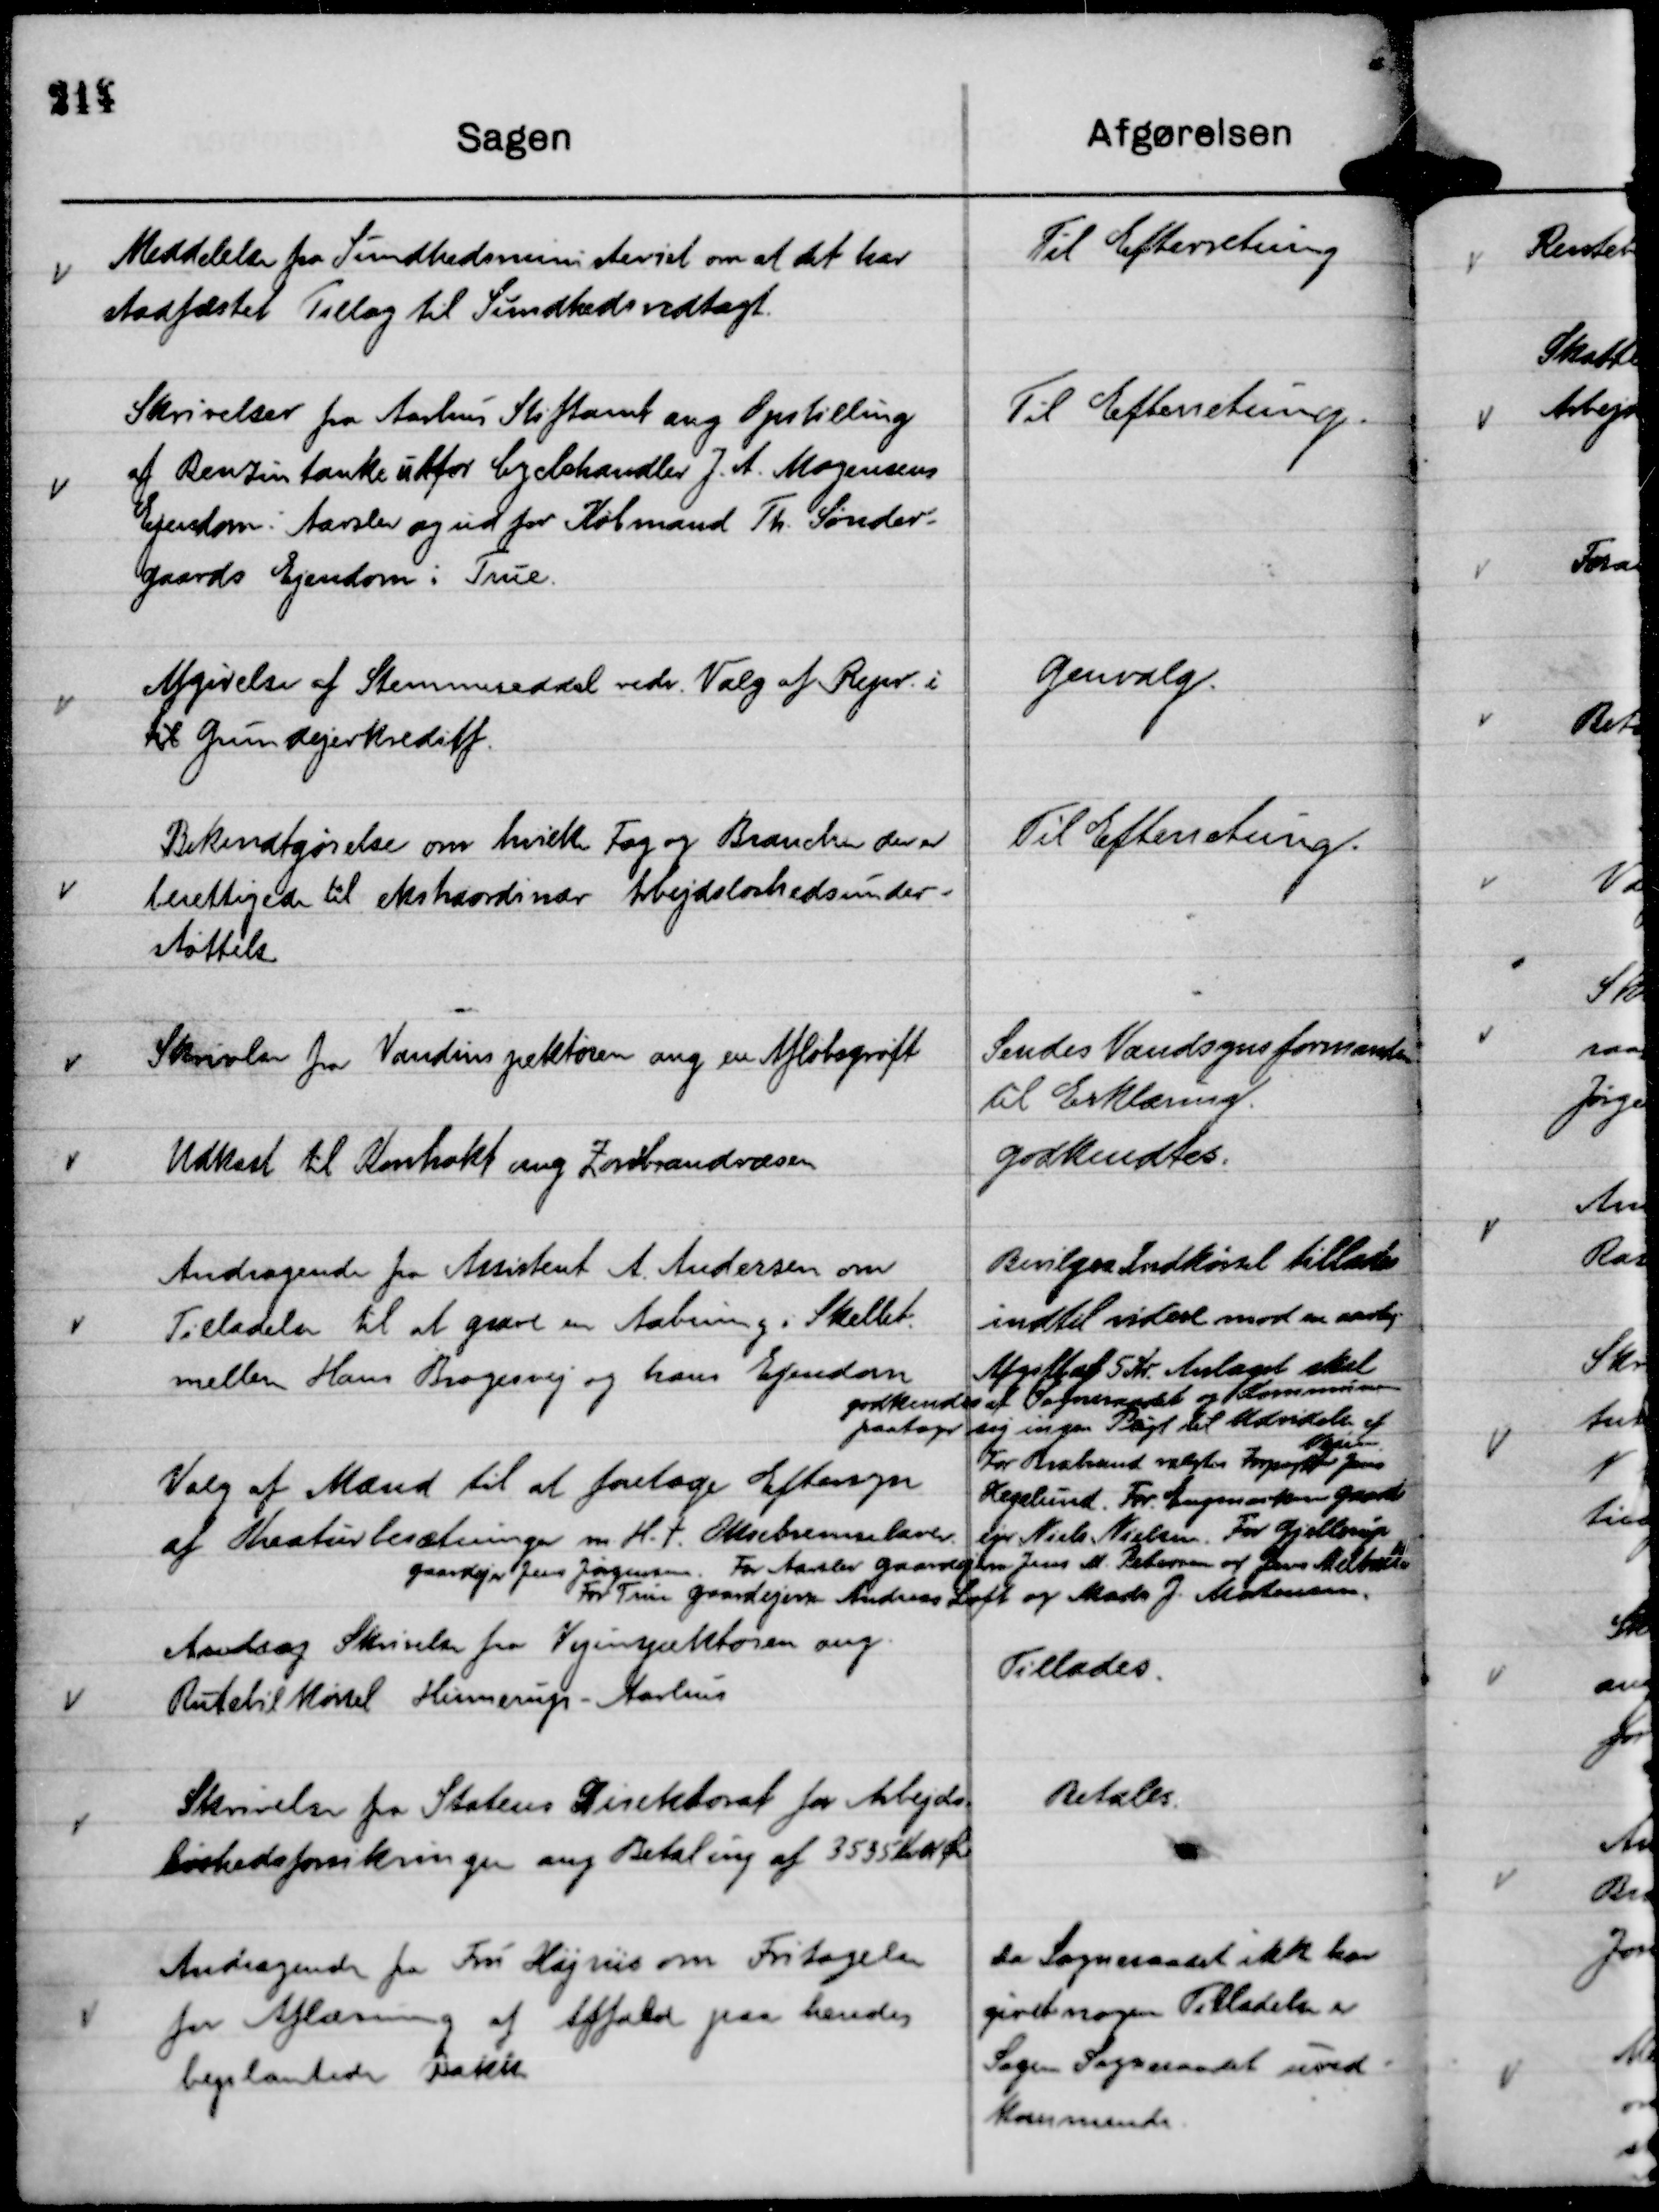
Transskription:
Meddelelse fra Sundhedsministeriet om at det har
stadfæstet Tillæg til Sundhedsvedtægt.

Til Efterretning

Skrivelser fra Aarhus Stiftamt ang Opstilling
af Benzintanke udfor Cyclehandler J. A. Mogensens
Ejendom i Aarslev og ud for Købmand Th. Sønder-
gards Ejendom i True.

Til Efterretning.

Afgivelse af Stemmeseddel vedr. Valg af Repr. i
til Grundejerkreditf.

Genvalg.

Bekendtgørelse om hvilke Fag og Brancher der er
berettigede til ekstraordinær Arbejdsløshedsunder-
støttelse

Til Efterretning.

Skrivelse fra Vandinspektøren ang en Afløbsgrøft

Sendes Vandsynsformanden
til Erklæring.

Udkast til Kontrakt ang Zonebrandvæsen

godkendtes.

Andragende fra Assistent A. Andersen om
Tilladelse til at grave en Aabning i Skellet.
mellem Hans Brogesvej og hans Ejendom

Bevilges Indkørsel tillade
indtil videre mod en aarlig
Afgift af 5 Kr. Anlæget skal
godkendes af Sogneraadet og Kommunen
paatager sig ingen Pligt til Udvidelse af
Vejen.

Valg af Mænd til at foretage Eftersyn
af Kreaturbesætninger m. H. t. Oksebremselarver.

For Brabrand valgtes Forpagter Jens
Hegelund. For . Engmarken Gaard
ejer Niels Nielsen. For Gjellerup
gaardejer Jens Jørgensen. For Aarslev gaardejer Jens M. Pedersen
og Jens Melballe
For True gaardejerne Andreas Loft og Mads J. Mortensen.

Andrag Skrivelse fra Vejinspektøren ang.
Rutebilkørsel Hinnerup - Aarhus

Tillades.

Skrivelse fra Statens Direktorat for Arbejds
løshedsforsikringer ang Betaling af 3535 Kr 01 Øre

Betales.

Andragende fra Fru Højriis om Fritagelse
for Aflæsning af Affald paa hendes
beplantede Bakke

Da Sogneraadet ikke har
givet nogen Tilladelse er
Sagen Sogneraadet uved-
kommende.